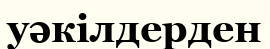
уәкілдерден